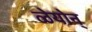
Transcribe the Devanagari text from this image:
ळेयोन्